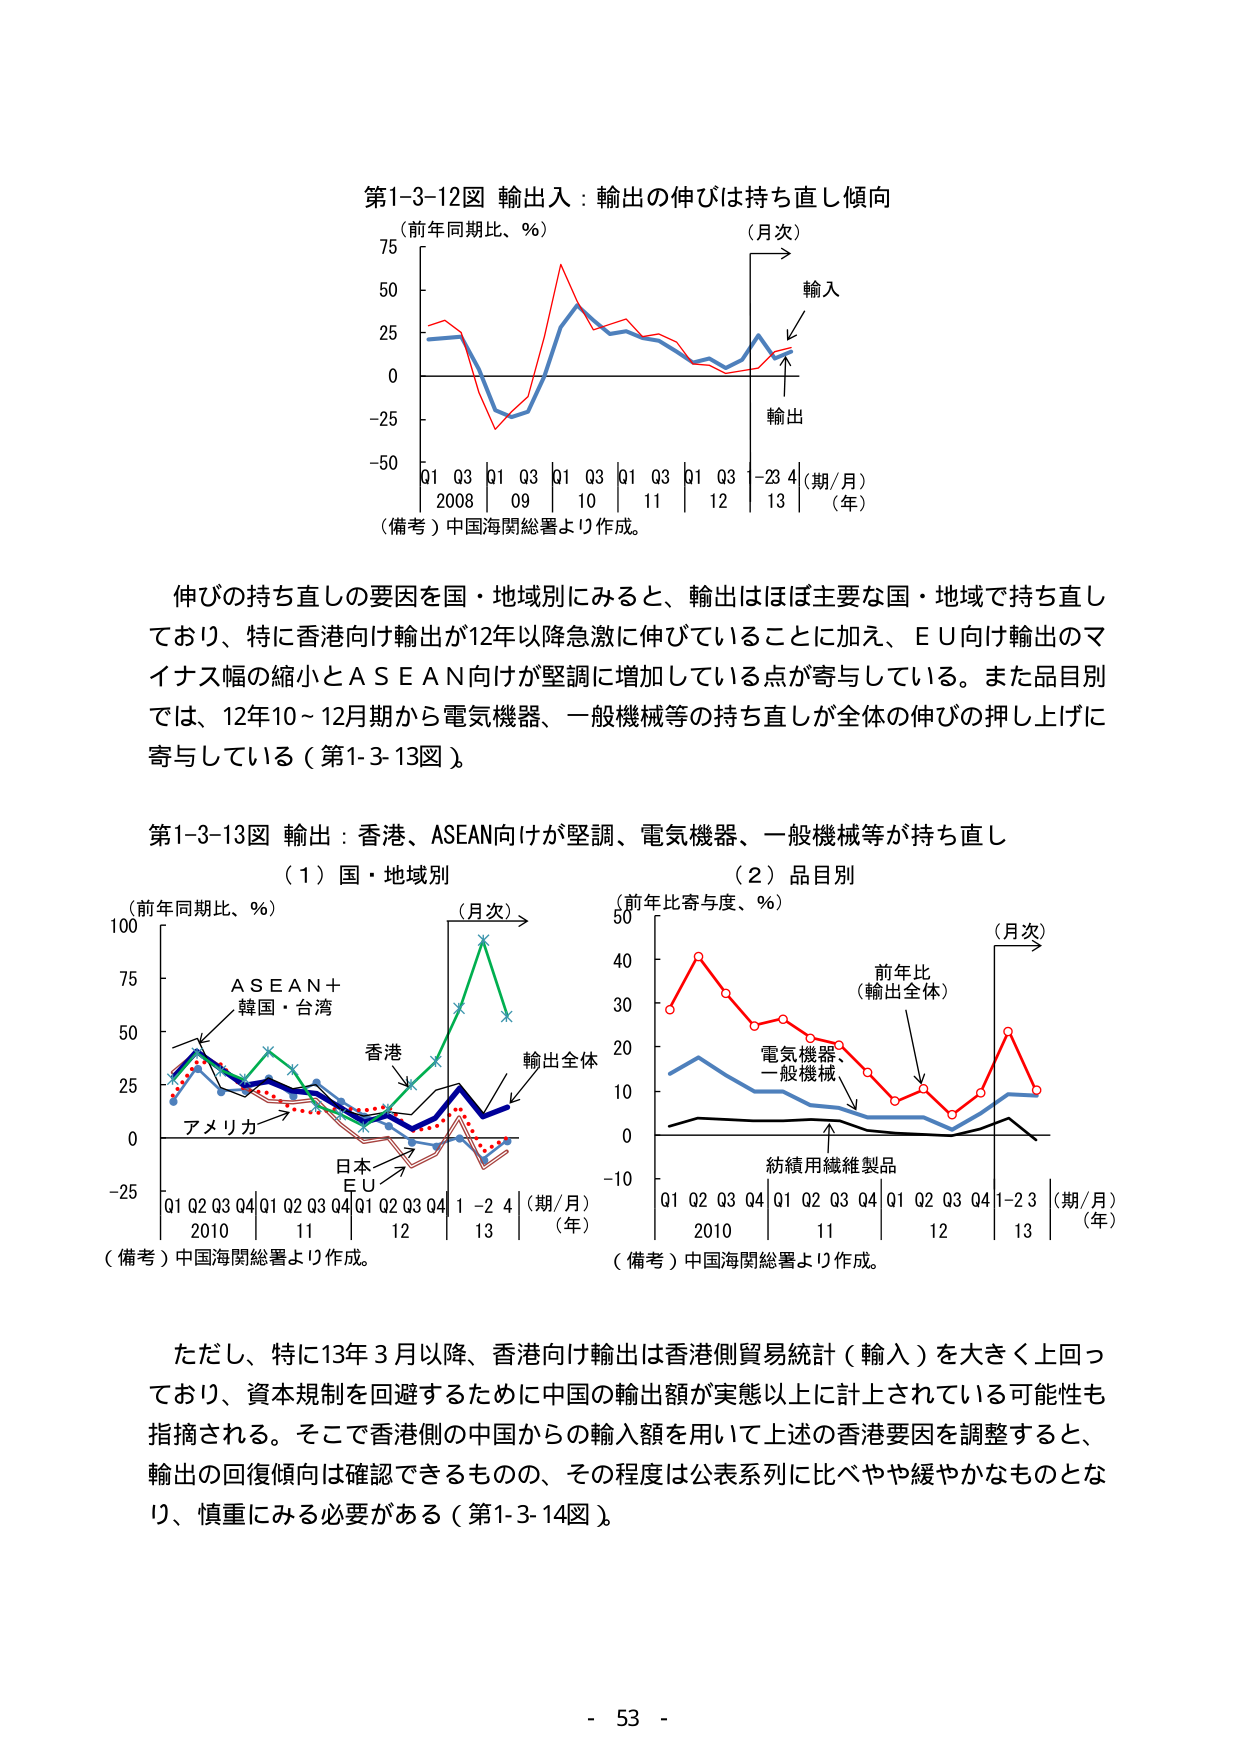
第1-3-12図 輸出入：輸出の伸びは持ち直し傾向
（前年同期比、％）
（月次）
輸入
輸出
Q1 Q3 Q1 Q3 Q1 Q3 Q1 Q3 Q1 Q3 -23 4 （期/月）
2008 09 10 11 12 13 （年）
（備考）中国海関総署より作成。

伸びの持ち直しの要因を国・地域別にみると、輸出はほぼ主要な国・地域で持ち直しており、特に香港向け輸出が12年以降急激に伸びていることに加え、ＥＵ向け輸出のマイナス幅の縮小とＡＳＥＡＮ向けが堅調に増加している点が寄与している。また品目別では、12年10～12月期から電気機器、一般機械等の持ち直しが全体の伸びの押し上げに寄与している（第1-3-13図）。

第1-3-13図 輸出：香港、ASEAN向けが堅調、電気機器、一般機械等が持ち直し
（1）国・地域別
（前年同期比、％）
（月次）
ＡＳＥＡＮ＋
韓国・台湾
香港
輸出全体
アメリカ
日本
ＥＵ
Q1 Q2 Q3 Q4 Q1 Q2 Q3 Q4 Q1 Q2 Q3 Q4 1 -2 4 （期/月）
2010 11 12 13 （年）
（備考）中国海関総署より作成。

（2）品目別
（前年比寄与度、％）
（月次）
前年比
（輸出全体）
電気機器、
一般機械
紡績用繊維製品
Q1 Q2 Q3 Q4 Q1 Q2 Q3 Q4 Q1 Q2 Q3 Q4 1-2 3 （期/月）
2010 11 12 13 （年）
（備考）中国海関総署より作成。

ただし、特に13年3月以降、香港向け輸出は香港側貿易統計（輸入）を大きく上回っており、資本規制を回避するために中国の輸出額が実態以上に計上されている可能性も指摘される。そこで香港側の中国からの輸入額を用いて上述の香港要因を調整すると、輸出の回復傾向は確認できるものの、その程度は公表系列に比べやや緩やかなものとなり、慎重にみる必要がある（第1-3-14図）。

- 53 -